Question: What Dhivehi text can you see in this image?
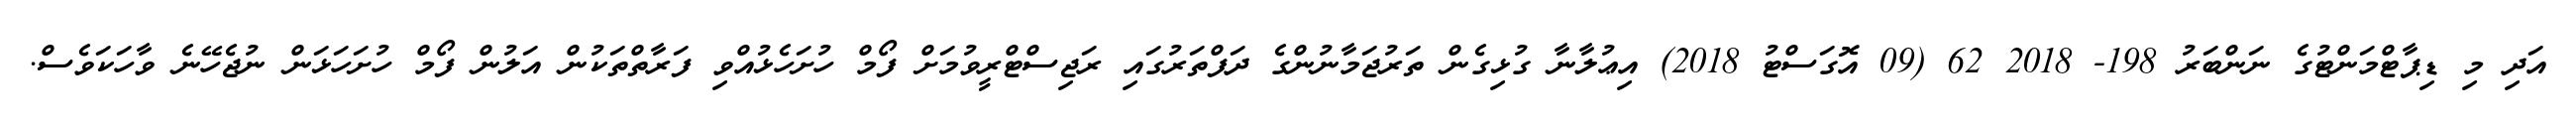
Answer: އަދި މި ޑިޕާޓްމަންޓުގެ ނަންބަރު 198- 2018 62 (09 އޮގަސްޓު 2018) އިޢުލާނާ ގުޅިގެން ތަރުޖަމާނުންގެ ދަފްތަރުގައި ރަޖިސްޓްރީވުމަށް ފޯމް ހުށަހެޅުއްވި ފަރާތްތަކުން އަލުން ފޯމް ހުށަހަޅަން ނުޖެހޭނެ ވާހަކަވެސް.